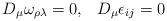
LaTeX: \begin{align*}D_{\mu}\omega_{\rho\lambda}=0 ,\hspace{9pt} D_{\mu}\epsilon_{ij}=0\end{align*}